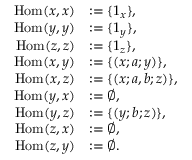
\begin{array} { r l } { \mathrm { H o m } ( x , x ) } & { : = \{ 1 _ { x } \} , } \\ { \mathrm { H o m } ( y , y ) } & { : = \{ 1 _ { y } \} , } \\ { \mathrm { H o m } ( z , z ) } & { : = \{ 1 _ { z } \} , } \\ { \mathrm { H o m } ( x , y ) } & { : = \{ ( x ; a ; y ) \} , } \\ { \mathrm { H o m } ( x , z ) } & { : = \{ ( x ; a , b ; z ) \} , } \\ { \mathrm { H o m } ( y , x ) } & { : = \emptyset , } \\ { \mathrm { H o m } ( y , z ) } & { : = \{ ( y ; b ; z ) \} , } \\ { \mathrm { H o m } ( z , x ) } & { : = \emptyset , } \\ { \mathrm { H o m } ( z , y ) } & { : = \emptyset . } \end{array}